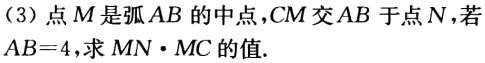
（3）点\(M\)是弧\(AB\)的中点，\(CM\)交\(AB\)于点\(N\)，若\(AB = 4\)，求\(MN\cdot MC\)的值.